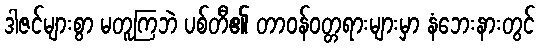
ဒါဇင်များစွာ မတူကြဘဲ ပစ်တီ၏ တာဝန်ဝတ္တရားများမှာ နံဘေးနားတွင်